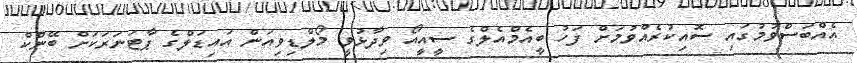
އެއްބަސްވުމުގައި ސޮއިކުރެއްވުމަށް ފަހު ބީއެމްއެލްގެ ސީއީއޯ ވިދާޅުވީ މޯލްޑިވިއަން އައިޑަލްގެ ޕާޓަނަރަކަށް ބޭންކް